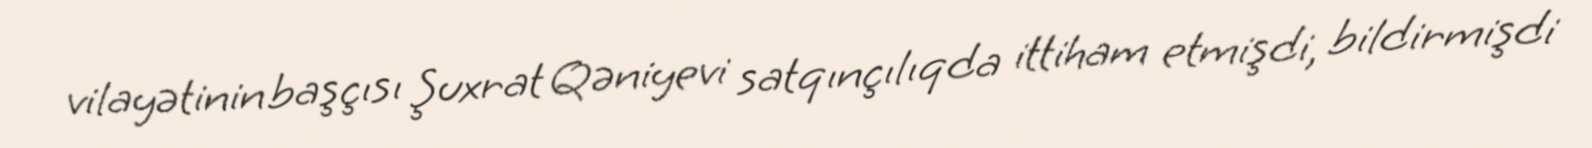
vilayətinin başçısı Şuxrat Qəniyevi satqınçılıqda ittiham etmişdi, bildirmişdi